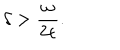
LaTeX: \delta > \frac { \omega } { 2 \epsilon } .